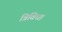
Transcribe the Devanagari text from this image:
त्रिविधा